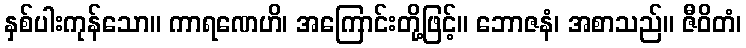
နှစ်ပါးကုန်သော။ ကာရဏေဟိ၊ အကြောင်းတို့ဖြင့်။ ဘောဇနံ၊ အစာသည်။ ဇီဝိတံ၊